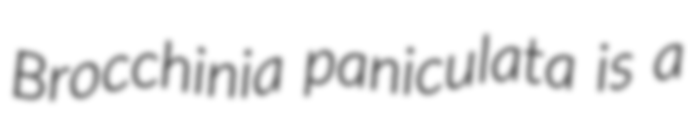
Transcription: Brocchinia paniculata is a